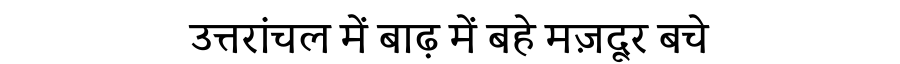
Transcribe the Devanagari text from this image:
उत्तरांचल में बाढ़ में बहे मज़दूर बचे